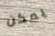
يمكن